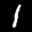
Label: 1